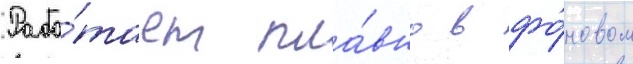
Рабо́тает пла́вно в фо́новом